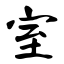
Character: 室